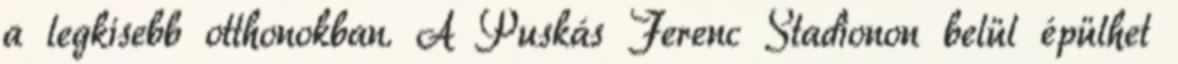
a legkisebb otthonokban. A Puskás Ferenc Stadionon belül épülhet